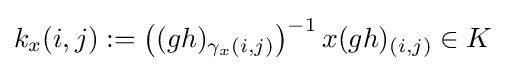
k_{x}(i,j):=\left((gh)_{\gamma _{x}(i,j)}\right)^{-1}x(gh)_{(i,j)}\in K